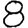
Digit: 8